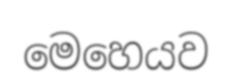
මෙහෙයව